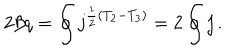
2 \beta q = \oint j ^ { \frac { 1 } { 2 } ( T _ { 2 } - T _ { 3 } ) } = 2 \oint j \, .